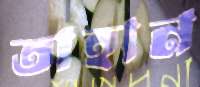
তাহান